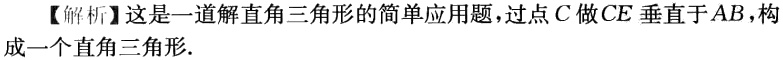
【解析】这是一道解直角三角形的简单应用题，过点\(C\)做\(CE\)垂直于\(AB\)，构成一个直角三角形.